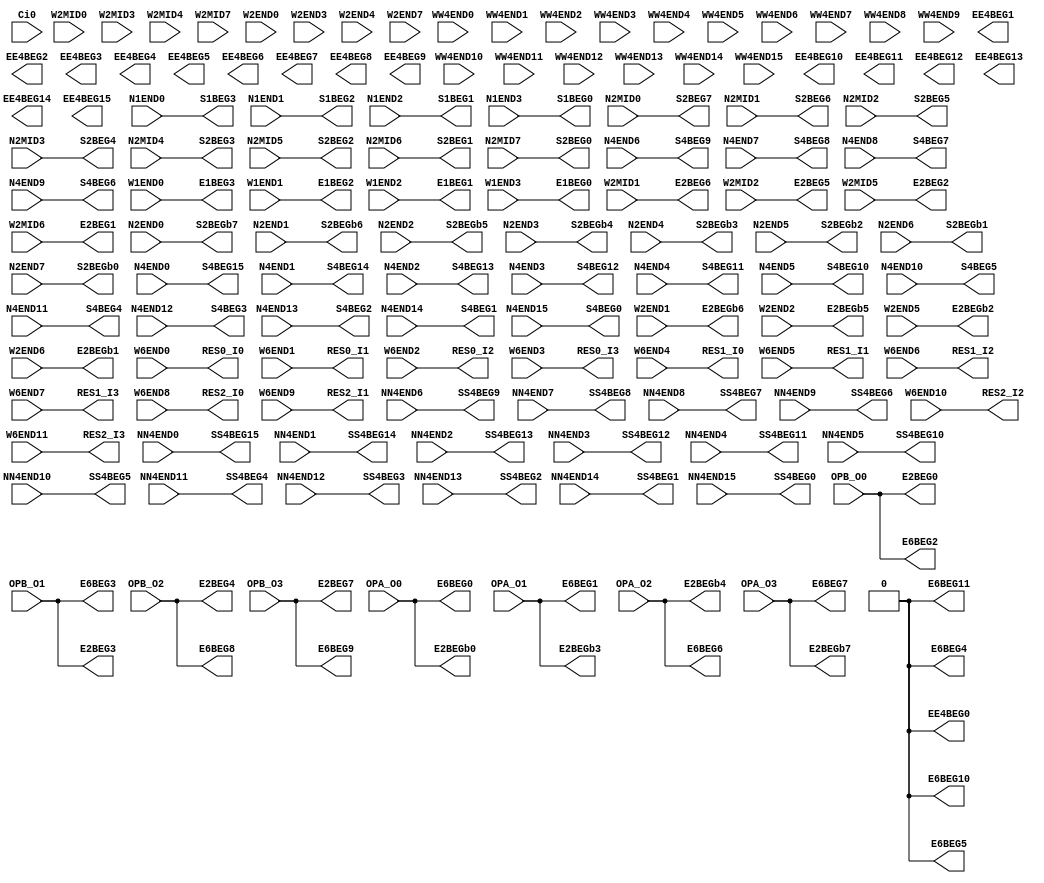
// SPDX-FileCopyrightText: 
// 2021 Nguyen Dao
//
// Licensed under the Apache License, Version 2.0 (the "License");
// you may not use this file except in compliance with the License.
// You may obtain a copy of the License at
//
//      http://www.apache.org/licenses/LICENSE-2.0
//
// Unless required by applicable law or agreed to in writing, software
// distributed under the License is distributed on an "AS IS" BASIS,
// WITHOUT WARRANTIES OR CONDITIONS OF ANY KIND, either express or implied.
// See the License for the specific language governing permissions and
// limitations under the License.
//
// SPDX-License-Identifier: Apache-2.0
//NumberOfConfigBits:0
module W_CPU_IO_bot_switch_matrix (N1END0, N1END1, N1END2, N1END3, N2MID0, N2MID1, N2MID2, N2MID3, N2MID4, N2MID5, N2MID6, N2MID7, N2END0, N2END1, N2END2, N2END3, N2END4, N2END5, N2END6, N2END7, N4END0, N4END1, N4END2, N4END3, N4END4, N4END5, N4END6, N4END7, N4END8, N4END9, N4END10, N4END11, N4END12, N4END13, N4END14, N4END15, NN4END0, NN4END1, NN4END2, NN4END3, NN4END4, NN4END5, NN4END6, NN4END7, NN4END8, NN4END9, NN4END10, NN4END11, NN4END12, NN4END13, NN4END14, NN4END15, Ci0, W1END0, W1END1, W1END2, W1END3, W2MID0, W2MID1, W2MID2, W2MID3, W2MID4, W2MID5, W2MID6, W2MID7, W2END0, W2END1, W2END2, W2END3, W2END4, W2END5, W2END6, W2END7, WW4END0, WW4END1, WW4END2, WW4END3, WW4END4, WW4END5, WW4END6, WW4END7, WW4END8, WW4END9, WW4END10, WW4END11, WW4END12, WW4END13, WW4END14, WW4END15, W6END0, W6END1, W6END2, W6END3, W6END4, W6END5, W6END6, W6END7, W6END8, W6END9, W6END10, W6END11, OPA_O0, OPA_O1, OPA_O2, OPA_O3, OPB_O0, OPB_O1, OPB_O2, OPB_O3, S1BEG0, S1BEG1, S1BEG2, S1BEG3, S2BEG0, S2BEG1, S2BEG2, S2BEG3, S2BEG4, S2BEG5, S2BEG6, S2BEG7, S2BEGb0, S2BEGb1, S2BEGb2, S2BEGb3, S2BEGb4, S2BEGb5, S2BEGb6, S2BEGb7, S4BEG0, S4BEG1, S4BEG2, S4BEG3, S4BEG4, S4BEG5, S4BEG6, S4BEG7, S4BEG8, S4BEG9, S4BEG10, S4BEG11, S4BEG12, S4BEG13, S4BEG14, S4BEG15, SS4BEG0, SS4BEG1, SS4BEG2, SS4BEG3, SS4BEG4, SS4BEG5, SS4BEG6, SS4BEG7, SS4BEG8, SS4BEG9, SS4BEG10, SS4BEG11, SS4BEG12, SS4BEG13, SS4BEG14, SS4BEG15, E1BEG0, E1BEG1, E1BEG2, E1BEG3, E2BEG0, E2BEG1, E2BEG2, E2BEG3, E2BEG4, E2BEG5, E2BEG6, E2BEG7, E2BEGb0, E2BEGb1, E2BEGb2, E2BEGb3, E2BEGb4, E2BEGb5, E2BEGb6, E2BEGb7, EE4BEG0, EE4BEG1, EE4BEG2, EE4BEG3, EE4BEG4, EE4BEG5, EE4BEG6, EE4BEG7, EE4BEG8, EE4BEG9, EE4BEG10, EE4BEG11, EE4BEG12, EE4BEG13, EE4BEG14, EE4BEG15, E6BEG0, E6BEG1, E6BEG2, E6BEG3, E6BEG4, E6BEG5, E6BEG6, E6BEG7, E6BEG8, E6BEG9, E6BEG10, E6BEG11, RES0_I0, RES0_I1, RES0_I2, RES0_I3, RES1_I0, RES1_I1, RES1_I2, RES1_I3, RES2_I0, RES2_I1, RES2_I2, RES2_I3);
	parameter NoConfigBits = 0;
	 // switch matrix inputs
	input N1END0;
	input N1END1;
	input N1END2;
	input N1END3;
	input N2MID0;
	input N2MID1;
	input N2MID2;
	input N2MID3;
	input N2MID4;
	input N2MID5;
	input N2MID6;
	input N2MID7;
	input N2END0;
	input N2END1;
	input N2END2;
	input N2END3;
	input N2END4;
	input N2END5;
	input N2END6;
	input N2END7;
	input N4END0;
	input N4END1;
	input N4END2;
	input N4END3;
	input N4END4;
	input N4END5;
	input N4END6;
	input N4END7;
	input N4END8;
	input N4END9;
	input N4END10;
	input N4END11;
	input N4END12;
	input N4END13;
	input N4END14;
	input N4END15;
	input NN4END0;
	input NN4END1;
	input NN4END2;
	input NN4END3;
	input NN4END4;
	input NN4END5;
	input NN4END6;
	input NN4END7;
	input NN4END8;
	input NN4END9;
	input NN4END10;
	input NN4END11;
	input NN4END12;
	input NN4END13;
	input NN4END14;
	input NN4END15;
	input Ci0;
	input W1END0;
	input W1END1;
	input W1END2;
	input W1END3;
	input W2MID0;
	input W2MID1;
	input W2MID2;
	input W2MID3;
	input W2MID4;
	input W2MID5;
	input W2MID6;
	input W2MID7;
	input W2END0;
	input W2END1;
	input W2END2;
	input W2END3;
	input W2END4;
	input W2END5;
	input W2END6;
	input W2END7;
	input WW4END0;
	input WW4END1;
	input WW4END2;
	input WW4END3;
	input WW4END4;
	input WW4END5;
	input WW4END6;
	input WW4END7;
	input WW4END8;
	input WW4END9;
	input WW4END10;
	input WW4END11;
	input WW4END12;
	input WW4END13;
	input WW4END14;
	input WW4END15;
	input W6END0;
	input W6END1;
	input W6END2;
	input W6END3;
	input W6END4;
	input W6END5;
	input W6END6;
	input W6END7;
	input W6END8;
	input W6END9;
	input W6END10;
	input W6END11;
	input OPA_O0;
	input OPA_O1;
	input OPA_O2;
	input OPA_O3;
	input OPB_O0;
	input OPB_O1;
	input OPB_O2;
	input OPB_O3;
	output S1BEG0;
	output S1BEG1;
	output S1BEG2;
	output S1BEG3;
	output S2BEG0;
	output S2BEG1;
	output S2BEG2;
	output S2BEG3;
	output S2BEG4;
	output S2BEG5;
	output S2BEG6;
	output S2BEG7;
	output S2BEGb0;
	output S2BEGb1;
	output S2BEGb2;
	output S2BEGb3;
	output S2BEGb4;
	output S2BEGb5;
	output S2BEGb6;
	output S2BEGb7;
	output S4BEG0;
	output S4BEG1;
	output S4BEG2;
	output S4BEG3;
	output S4BEG4;
	output S4BEG5;
	output S4BEG6;
	output S4BEG7;
	output S4BEG8;
	output S4BEG9;
	output S4BEG10;
	output S4BEG11;
	output S4BEG12;
	output S4BEG13;
	output S4BEG14;
	output S4BEG15;
	output SS4BEG0;
	output SS4BEG1;
	output SS4BEG2;
	output SS4BEG3;
	output SS4BEG4;
	output SS4BEG5;
	output SS4BEG6;
	output SS4BEG7;
	output SS4BEG8;
	output SS4BEG9;
	output SS4BEG10;
	output SS4BEG11;
	output SS4BEG12;
	output SS4BEG13;
	output SS4BEG14;
	output SS4BEG15;
	output E1BEG0;
	output E1BEG1;
	output E1BEG2;
	output E1BEG3;
	output E2BEG0;
	output E2BEG1;
	output E2BEG2;
	output E2BEG3;
	output E2BEG4;
	output E2BEG5;
	output E2BEG6;
	output E2BEG7;
	output E2BEGb0;
	output E2BEGb1;
	output E2BEGb2;
	output E2BEGb3;
	output E2BEGb4;
	output E2BEGb5;
	output E2BEGb6;
	output E2BEGb7;
	output EE4BEG0;
	output EE4BEG1;
	output EE4BEG2;
	output EE4BEG3;
	output EE4BEG4;
	output EE4BEG5;
	output EE4BEG6;
	output EE4BEG7;
	output EE4BEG8;
	output EE4BEG9;
	output EE4BEG10;
	output EE4BEG11;
	output EE4BEG12;
	output EE4BEG13;
	output EE4BEG14;
	output EE4BEG15;
	output E6BEG0;
	output E6BEG1;
	output E6BEG2;
	output E6BEG3;
	output E6BEG4;
	output E6BEG5;
	output E6BEG6;
	output E6BEG7;
	output E6BEG8;
	output E6BEG9;
	output E6BEG10;
	output E6BEG11;
	output RES0_I0;
	output RES0_I1;
	output RES0_I2;
	output RES0_I3;
	output RES1_I0;
	output RES1_I1;
	output RES1_I2;
	output RES1_I3;
	output RES2_I0;
	output RES2_I1;
	output RES2_I2;
	output RES2_I3;
	//global


	parameter GND0 = 1'b0;
	parameter GND = 1'b0;
	parameter VCC0 = 1'b1;
	parameter VCC = 1'b1;
	parameter VDD0 = 1'b1;
	parameter VDD = 1'b1;
	
	wire [1-1:0] S1BEG0_input;
	wire [1-1:0] S1BEG1_input;
	wire [1-1:0] S1BEG2_input;
	wire [1-1:0] S1BEG3_input;
	wire [1-1:0] S2BEG0_input;
	wire [1-1:0] S2BEG1_input;
	wire [1-1:0] S2BEG2_input;
	wire [1-1:0] S2BEG3_input;
	wire [1-1:0] S2BEG4_input;
	wire [1-1:0] S2BEG5_input;
	wire [1-1:0] S2BEG6_input;
	wire [1-1:0] S2BEG7_input;
	wire [1-1:0] S2BEGb0_input;
	wire [1-1:0] S2BEGb1_input;
	wire [1-1:0] S2BEGb2_input;
	wire [1-1:0] S2BEGb3_input;
	wire [1-1:0] S2BEGb4_input;
	wire [1-1:0] S2BEGb5_input;
	wire [1-1:0] S2BEGb6_input;
	wire [1-1:0] S2BEGb7_input;
	wire [1-1:0] S4BEG0_input;
	wire [1-1:0] S4BEG1_input;
	wire [1-1:0] S4BEG2_input;
	wire [1-1:0] S4BEG3_input;
	wire [1-1:0] S4BEG4_input;
	wire [1-1:0] S4BEG5_input;
	wire [1-1:0] S4BEG6_input;
	wire [1-1:0] S4BEG7_input;
	wire [1-1:0] S4BEG8_input;
	wire [1-1:0] S4BEG9_input;
	wire [1-1:0] S4BEG10_input;
	wire [1-1:0] S4BEG11_input;
	wire [1-1:0] S4BEG12_input;
	wire [1-1:0] S4BEG13_input;
	wire [1-1:0] S4BEG14_input;
	wire [1-1:0] S4BEG15_input;
	wire [1-1:0] SS4BEG0_input;
	wire [1-1:0] SS4BEG1_input;
	wire [1-1:0] SS4BEG2_input;
	wire [1-1:0] SS4BEG3_input;
	wire [1-1:0] SS4BEG4_input;
	wire [1-1:0] SS4BEG5_input;
	wire [1-1:0] SS4BEG6_input;
	wire [1-1:0] SS4BEG7_input;
	wire [1-1:0] SS4BEG8_input;
	wire [1-1:0] SS4BEG9_input;
	wire [1-1:0] SS4BEG10_input;
	wire [1-1:0] SS4BEG11_input;
	wire [1-1:0] SS4BEG12_input;
	wire [1-1:0] SS4BEG13_input;
	wire [1-1:0] SS4BEG14_input;
	wire [1-1:0] SS4BEG15_input;
	wire [1-1:0] E1BEG0_input;
	wire [1-1:0] E1BEG1_input;
	wire [1-1:0] E1BEG2_input;
	wire [1-1:0] E1BEG3_input;
	wire [1-1:0] E2BEG0_input;
	wire [1-1:0] E2BEG1_input;
	wire [1-1:0] E2BEG2_input;
	wire [1-1:0] E2BEG3_input;
	wire [1-1:0] E2BEG4_input;
	wire [1-1:0] E2BEG5_input;
	wire [1-1:0] E2BEG6_input;
	wire [1-1:0] E2BEG7_input;
	wire [1-1:0] E2BEGb0_input;
	wire [1-1:0] E2BEGb1_input;
	wire [1-1:0] E2BEGb2_input;
	wire [1-1:0] E2BEGb3_input;
	wire [1-1:0] E2BEGb4_input;
	wire [1-1:0] E2BEGb5_input;
	wire [1-1:0] E2BEGb6_input;
	wire [1-1:0] E2BEGb7_input;
	wire [0-1:0] EE4BEG0_input;
	wire [0-1:0] EE4BEG1_input;
	wire [0-1:0] EE4BEG2_input;
	wire [0-1:0] EE4BEG3_input;
	wire [0-1:0] EE4BEG4_input;
	wire [0-1:0] EE4BEG5_input;
	wire [0-1:0] EE4BEG6_input;
	wire [0-1:0] EE4BEG7_input;
	wire [0-1:0] EE4BEG8_input;
	wire [0-1:0] EE4BEG9_input;
	wire [0-1:0] EE4BEG10_input;
	wire [0-1:0] EE4BEG11_input;
	wire [0-1:0] EE4BEG12_input;
	wire [0-1:0] EE4BEG13_input;
	wire [0-1:0] EE4BEG14_input;
	wire [0-1:0] EE4BEG15_input;
	wire [1-1:0] E6BEG0_input;
	wire [1-1:0] E6BEG1_input;
	wire [1-1:0] E6BEG2_input;
	wire [1-1:0] E6BEG3_input;
	wire [1-1:0] E6BEG4_input;
	wire [1-1:0] E6BEG5_input;
	wire [1-1:0] E6BEG6_input;
	wire [1-1:0] E6BEG7_input;
	wire [1-1:0] E6BEG8_input;
	wire [1-1:0] E6BEG9_input;
	wire [1-1:0] E6BEG10_input;
	wire [1-1:0] E6BEG11_input;
	wire [1-1:0] RES0_I0_input;
	wire [1-1:0] RES0_I1_input;
	wire [1-1:0] RES0_I2_input;
	wire [1-1:0] RES0_I3_input;
	wire [1-1:0] RES1_I0_input;
	wire [1-1:0] RES1_I1_input;
	wire [1-1:0] RES1_I2_input;
	wire [1-1:0] RES1_I3_input;
	wire [1-1:0] RES2_I0_input;
	wire [1-1:0] RES2_I1_input;
	wire [1-1:0] RES2_I2_input;
	wire [1-1:0] RES2_I3_input;


// The configuration bits (if any) are just a long shift register

// This shift register is padded to an even number of flops/latches
// switch matrix multiplexer  S1BEG0 		MUX-1
	assign S1BEG0 = N1END3;
// switch matrix multiplexer  S1BEG1 		MUX-1
	assign S1BEG1 = N1END2;
// switch matrix multiplexer  S1BEG2 		MUX-1
	assign S1BEG2 = N1END1;
// switch matrix multiplexer  S1BEG3 		MUX-1
	assign S1BEG3 = N1END0;
// switch matrix multiplexer  S2BEG0 		MUX-1
	assign S2BEG0 = N2MID7;
// switch matrix multiplexer  S2BEG1 		MUX-1
	assign S2BEG1 = N2MID6;
// switch matrix multiplexer  S2BEG2 		MUX-1
	assign S2BEG2 = N2MID5;
// switch matrix multiplexer  S2BEG3 		MUX-1
	assign S2BEG3 = N2MID4;
// switch matrix multiplexer  S2BEG4 		MUX-1
	assign S2BEG4 = N2MID3;
// switch matrix multiplexer  S2BEG5 		MUX-1
	assign S2BEG5 = N2MID2;
// switch matrix multiplexer  S2BEG6 		MUX-1
	assign S2BEG6 = N2MID1;
// switch matrix multiplexer  S2BEG7 		MUX-1
	assign S2BEG7 = N2MID0;
// switch matrix multiplexer  S2BEGb0 		MUX-1
	assign S2BEGb0 = N2END7;
// switch matrix multiplexer  S2BEGb1 		MUX-1
	assign S2BEGb1 = N2END6;
// switch matrix multiplexer  S2BEGb2 		MUX-1
	assign S2BEGb2 = N2END5;
// switch matrix multiplexer  S2BEGb3 		MUX-1
	assign S2BEGb3 = N2END4;
// switch matrix multiplexer  S2BEGb4 		MUX-1
	assign S2BEGb4 = N2END3;
// switch matrix multiplexer  S2BEGb5 		MUX-1
	assign S2BEGb5 = N2END2;
// switch matrix multiplexer  S2BEGb6 		MUX-1
	assign S2BEGb6 = N2END1;
// switch matrix multiplexer  S2BEGb7 		MUX-1
	assign S2BEGb7 = N2END0;
// switch matrix multiplexer  S4BEG0 		MUX-1
	assign S4BEG0 = N4END15;
// switch matrix multiplexer  S4BEG1 		MUX-1
	assign S4BEG1 = N4END14;
// switch matrix multiplexer  S4BEG2 		MUX-1
	assign S4BEG2 = N4END13;
// switch matrix multiplexer  S4BEG3 		MUX-1
	assign S4BEG3 = N4END12;
// switch matrix multiplexer  S4BEG4 		MUX-1
	assign S4BEG4 = N4END11;
// switch matrix multiplexer  S4BEG5 		MUX-1
	assign S4BEG5 = N4END10;
// switch matrix multiplexer  S4BEG6 		MUX-1
	assign S4BEG6 = N4END9;
// switch matrix multiplexer  S4BEG7 		MUX-1
	assign S4BEG7 = N4END8;
// switch matrix multiplexer  S4BEG8 		MUX-1
	assign S4BEG8 = N4END7;
// switch matrix multiplexer  S4BEG9 		MUX-1
	assign S4BEG9 = N4END6;
// switch matrix multiplexer  S4BEG10 		MUX-1
	assign S4BEG10 = N4END5;
// switch matrix multiplexer  S4BEG11 		MUX-1
	assign S4BEG11 = N4END4;
// switch matrix multiplexer  S4BEG12 		MUX-1
	assign S4BEG12 = N4END3;
// switch matrix multiplexer  S4BEG13 		MUX-1
	assign S4BEG13 = N4END2;
// switch matrix multiplexer  S4BEG14 		MUX-1
	assign S4BEG14 = N4END1;
// switch matrix multiplexer  S4BEG15 		MUX-1
	assign S4BEG15 = N4END0;
// switch matrix multiplexer  SS4BEG0 		MUX-1
	assign SS4BEG0 = NN4END15;
// switch matrix multiplexer  SS4BEG1 		MUX-1
	assign SS4BEG1 = NN4END14;
// switch matrix multiplexer  SS4BEG2 		MUX-1
	assign SS4BEG2 = NN4END13;
// switch matrix multiplexer  SS4BEG3 		MUX-1
	assign SS4BEG3 = NN4END12;
// switch matrix multiplexer  SS4BEG4 		MUX-1
	assign SS4BEG4 = NN4END11;
// switch matrix multiplexer  SS4BEG5 		MUX-1
	assign SS4BEG5 = NN4END10;
// switch matrix multiplexer  SS4BEG6 		MUX-1
	assign SS4BEG6 = NN4END9;
// switch matrix multiplexer  SS4BEG7 		MUX-1
	assign SS4BEG7 = NN4END8;
// switch matrix multiplexer  SS4BEG8 		MUX-1
	assign SS4BEG8 = NN4END7;
// switch matrix multiplexer  SS4BEG9 		MUX-1
	assign SS4BEG9 = NN4END6;
// switch matrix multiplexer  SS4BEG10 		MUX-1
	assign SS4BEG10 = NN4END5;
// switch matrix multiplexer  SS4BEG11 		MUX-1
	assign SS4BEG11 = NN4END4;
// switch matrix multiplexer  SS4BEG12 		MUX-1
	assign SS4BEG12 = NN4END3;
// switch matrix multiplexer  SS4BEG13 		MUX-1
	assign SS4BEG13 = NN4END2;
// switch matrix multiplexer  SS4BEG14 		MUX-1
	assign SS4BEG14 = NN4END1;
// switch matrix multiplexer  SS4BEG15 		MUX-1
	assign SS4BEG15 = NN4END0;
// switch matrix multiplexer  E1BEG0 		MUX-1
	assign E1BEG0 = W1END3;
// switch matrix multiplexer  E1BEG1 		MUX-1
	assign E1BEG1 = W1END2;
// switch matrix multiplexer  E1BEG2 		MUX-1
	assign E1BEG2 = W1END1;
// switch matrix multiplexer  E1BEG3 		MUX-1
	assign E1BEG3 = W1END0;
// switch matrix multiplexer  E2BEG0 		MUX-1
	assign E2BEG0 = OPB_O0;
// switch matrix multiplexer  E2BEG1 		MUX-1
	assign E2BEG1 = W2MID6;
// switch matrix multiplexer  E2BEG2 		MUX-1
	assign E2BEG2 = W2MID5;
// switch matrix multiplexer  E2BEG3 		MUX-1
	assign E2BEG3 = OPB_O1;
// switch matrix multiplexer  E2BEG4 		MUX-1
	assign E2BEG4 = OPB_O2;
// switch matrix multiplexer  E2BEG5 		MUX-1
	assign E2BEG5 = W2MID2;
// switch matrix multiplexer  E2BEG6 		MUX-1
	assign E2BEG6 = W2MID1;
// switch matrix multiplexer  E2BEG7 		MUX-1
	assign E2BEG7 = OPB_O3;
// switch matrix multiplexer  E2BEGb0 		MUX-1
	assign E2BEGb0 = OPA_O0;
// switch matrix multiplexer  E2BEGb1 		MUX-1
	assign E2BEGb1 = W2END6;
// switch matrix multiplexer  E2BEGb2 		MUX-1
	assign E2BEGb2 = W2END5;
// switch matrix multiplexer  E2BEGb3 		MUX-1
	assign E2BEGb3 = OPA_O1;
// switch matrix multiplexer  E2BEGb4 		MUX-1
	assign E2BEGb4 = OPA_O2;
// switch matrix multiplexer  E2BEGb5 		MUX-1
	assign E2BEGb5 = W2END2;
// switch matrix multiplexer  E2BEGb6 		MUX-1
	assign E2BEGb6 = W2END1;
// switch matrix multiplexer  E2BEGb7 		MUX-1
	assign E2BEGb7 = OPA_O3;
// switch matrix multiplexer  EE4BEG0 		MUX-0
// WARNING unused multiplexer MUX-EE4BEG0
// switch matrix multiplexer  EE4BEG1 		MUX-0
// WARNING unused multiplexer MUX-EE4BEG1
// switch matrix multiplexer  EE4BEG2 		MUX-0
// WARNING unused multiplexer MUX-EE4BEG2
// switch matrix multiplexer  EE4BEG3 		MUX-0
// WARNING unused multiplexer MUX-EE4BEG3
// switch matrix multiplexer  EE4BEG4 		MUX-0
// WARNING unused multiplexer MUX-EE4BEG4
// switch matrix multiplexer  EE4BEG5 		MUX-0
// WARNING unused multiplexer MUX-EE4BEG5
// switch matrix multiplexer  EE4BEG6 		MUX-0
// WARNING unused multiplexer MUX-EE4BEG6
// switch matrix multiplexer  EE4BEG7 		MUX-0
// WARNING unused multiplexer MUX-EE4BEG7
// switch matrix multiplexer  EE4BEG8 		MUX-0
// WARNING unused multiplexer MUX-EE4BEG8
// switch matrix multiplexer  EE4BEG9 		MUX-0
// WARNING unused multiplexer MUX-EE4BEG9
// switch matrix multiplexer  EE4BEG10 		MUX-0
// WARNING unused multiplexer MUX-EE4BEG10
// switch matrix multiplexer  EE4BEG11 		MUX-0
// WARNING unused multiplexer MUX-EE4BEG11
// switch matrix multiplexer  EE4BEG12 		MUX-0
// WARNING unused multiplexer MUX-EE4BEG12
// switch matrix multiplexer  EE4BEG13 		MUX-0
// WARNING unused multiplexer MUX-EE4BEG13
// switch matrix multiplexer  EE4BEG14 		MUX-0
// WARNING unused multiplexer MUX-EE4BEG14
// switch matrix multiplexer  EE4BEG15 		MUX-0
// WARNING unused multiplexer MUX-EE4BEG15
// switch matrix multiplexer  E6BEG0 		MUX-1
	assign E6BEG0 = OPA_O0;
// switch matrix multiplexer  E6BEG1 		MUX-1
	assign E6BEG1 = OPA_O1;
// switch matrix multiplexer  E6BEG2 		MUX-1
	assign E6BEG2 = OPB_O0;
// switch matrix multiplexer  E6BEG3 		MUX-1
	assign E6BEG3 = OPB_O1;
// switch matrix multiplexer  E6BEG4 		MUX-1
	assign E6BEG4 = GND0;
// switch matrix multiplexer  E6BEG5 		MUX-1
	assign E6BEG5 = GND0;
// switch matrix multiplexer  E6BEG6 		MUX-1
	assign E6BEG6 = OPA_O2;
// switch matrix multiplexer  E6BEG7 		MUX-1
	assign E6BEG7 = OPA_O3;
// switch matrix multiplexer  E6BEG8 		MUX-1
	assign E6BEG8 = OPB_O2;
// switch matrix multiplexer  E6BEG9 		MUX-1
	assign E6BEG9 = OPB_O3;
// switch matrix multiplexer  E6BEG10 		MUX-1
	assign E6BEG10 = GND0;
// switch matrix multiplexer  E6BEG11 		MUX-1
	assign E6BEG11 = GND0;
// switch matrix multiplexer  RES0_I0 		MUX-1
	assign RES0_I0 = W6END0;
// switch matrix multiplexer  RES0_I1 		MUX-1
	assign RES0_I1 = W6END1;
// switch matrix multiplexer  RES0_I2 		MUX-1
	assign RES0_I2 = W6END2;
// switch matrix multiplexer  RES0_I3 		MUX-1
	assign RES0_I3 = W6END3;
// switch matrix multiplexer  RES1_I0 		MUX-1
	assign RES1_I0 = W6END4;
// switch matrix multiplexer  RES1_I1 		MUX-1
	assign RES1_I1 = W6END5;
// switch matrix multiplexer  RES1_I2 		MUX-1
	assign RES1_I2 = W6END6;
// switch matrix multiplexer  RES1_I3 		MUX-1
	assign RES1_I3 = W6END7;
// switch matrix multiplexer  RES2_I0 		MUX-1
	assign RES2_I0 = W6END8;
// switch matrix multiplexer  RES2_I1 		MUX-1
	assign RES2_I1 = W6END9;
// switch matrix multiplexer  RES2_I2 		MUX-1
	assign RES2_I2 = W6END10;
// switch matrix multiplexer  RES2_I3 		MUX-1
	assign RES2_I3 = W6END11;

endmodule